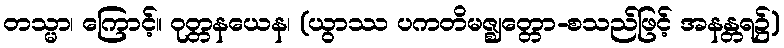
တသ္မာ၊ ကြောင့်။ ဝုတ္တနယေန၊ (ယွာဿ ပကတိမဇ္ဈတ္တော-စသည်ဖြင့် အနန္တရ၌)